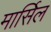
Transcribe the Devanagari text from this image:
मार्सिल